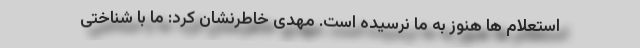
استعلام ها هنوز به ما نرسیده است. مهدی خاطرنشان کرد: ما با شناختی